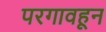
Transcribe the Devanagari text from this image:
परगावहून